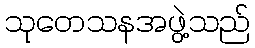
သုတေသနအဖွဲ့သည်